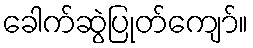
ခေါက်ဆွဲပြုတ်ကျော်။